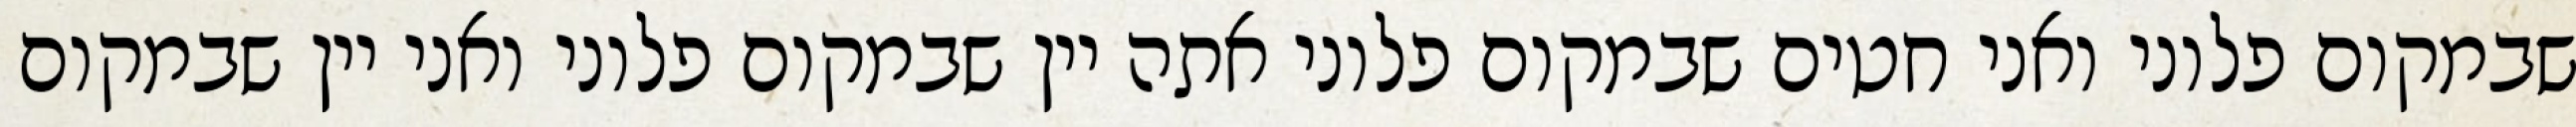
שבמקום פלוני ואני חטים שבמקום פלוני אתה יין שבמקום פלוני ואני יין שבמקום